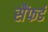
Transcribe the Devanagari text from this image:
सैंफर्ड